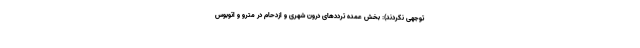
توجهی نکردند): بخش عمده ترددهای درون شهری و ازدحام در مترو و اتوبوس